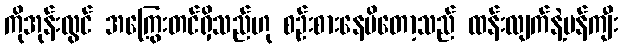
ကိုအုန်းလွင် အကြွေးတင်ရှိသည်ဟု စဉ်းစားနေမိတော့သည် ထန်းလျက်နဲ့မန်ကျီး